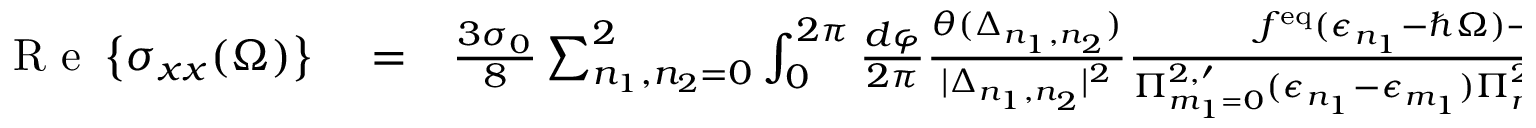
\begin{array} { r l r } { \, \mathrm { ~ R ~ e ~ } \left\{ { \sigma _ { x x } ( \Omega ) } \right\} } & { { } = } & { \frac { 3 \sigma _ { 0 } } { 8 } \sum _ { n _ { 1 } , n _ { 2 } = 0 } ^ { 2 } \int _ { 0 } ^ { 2 \pi } \frac { d \varphi } { 2 \pi } \frac { \theta ( \Delta _ { n _ { 1 } , n _ { 2 } } ) } { | \Delta _ { n _ { 1 } , n _ { 2 } } | ^ { 2 } } \frac { f ^ { \mathrm { e q } } ( \epsilon _ { n _ { 1 } } - \hbar \Omega ) - f ^ { \mathrm { e q } } ( \epsilon _ { n _ { 1 } } ) } { \Pi _ { m _ { 1 } = 0 } ^ { 2 , \prime } ( \epsilon _ { n _ { 1 } } - \epsilon _ { m _ { 1 } } ) \Pi _ { m _ { 2 } = 0 } ^ { 2 , \prime } ( \epsilon _ { n _ { 2 } } - \epsilon _ { m _ { 2 } } ) } \Bigg \{ 1 6 \left( g - \epsilon _ { n _ { 1 } } \right) ^ { 2 } \left( g - \epsilon _ { n _ { 1 } } + \hbar \Omega \right) ^ { 2 } } \end{array}